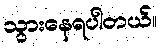
သွားနေရပါတယ်။